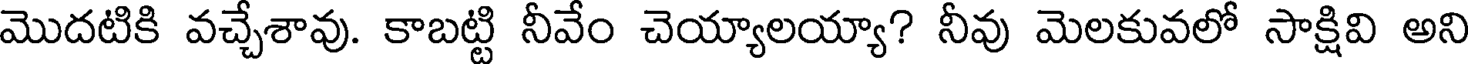
మొదటికి వచ్చేశావు. కాబట్టి నీవేం చెయ్యాలయ్యా? నీవు మెలకువలో సాక్షివి అని